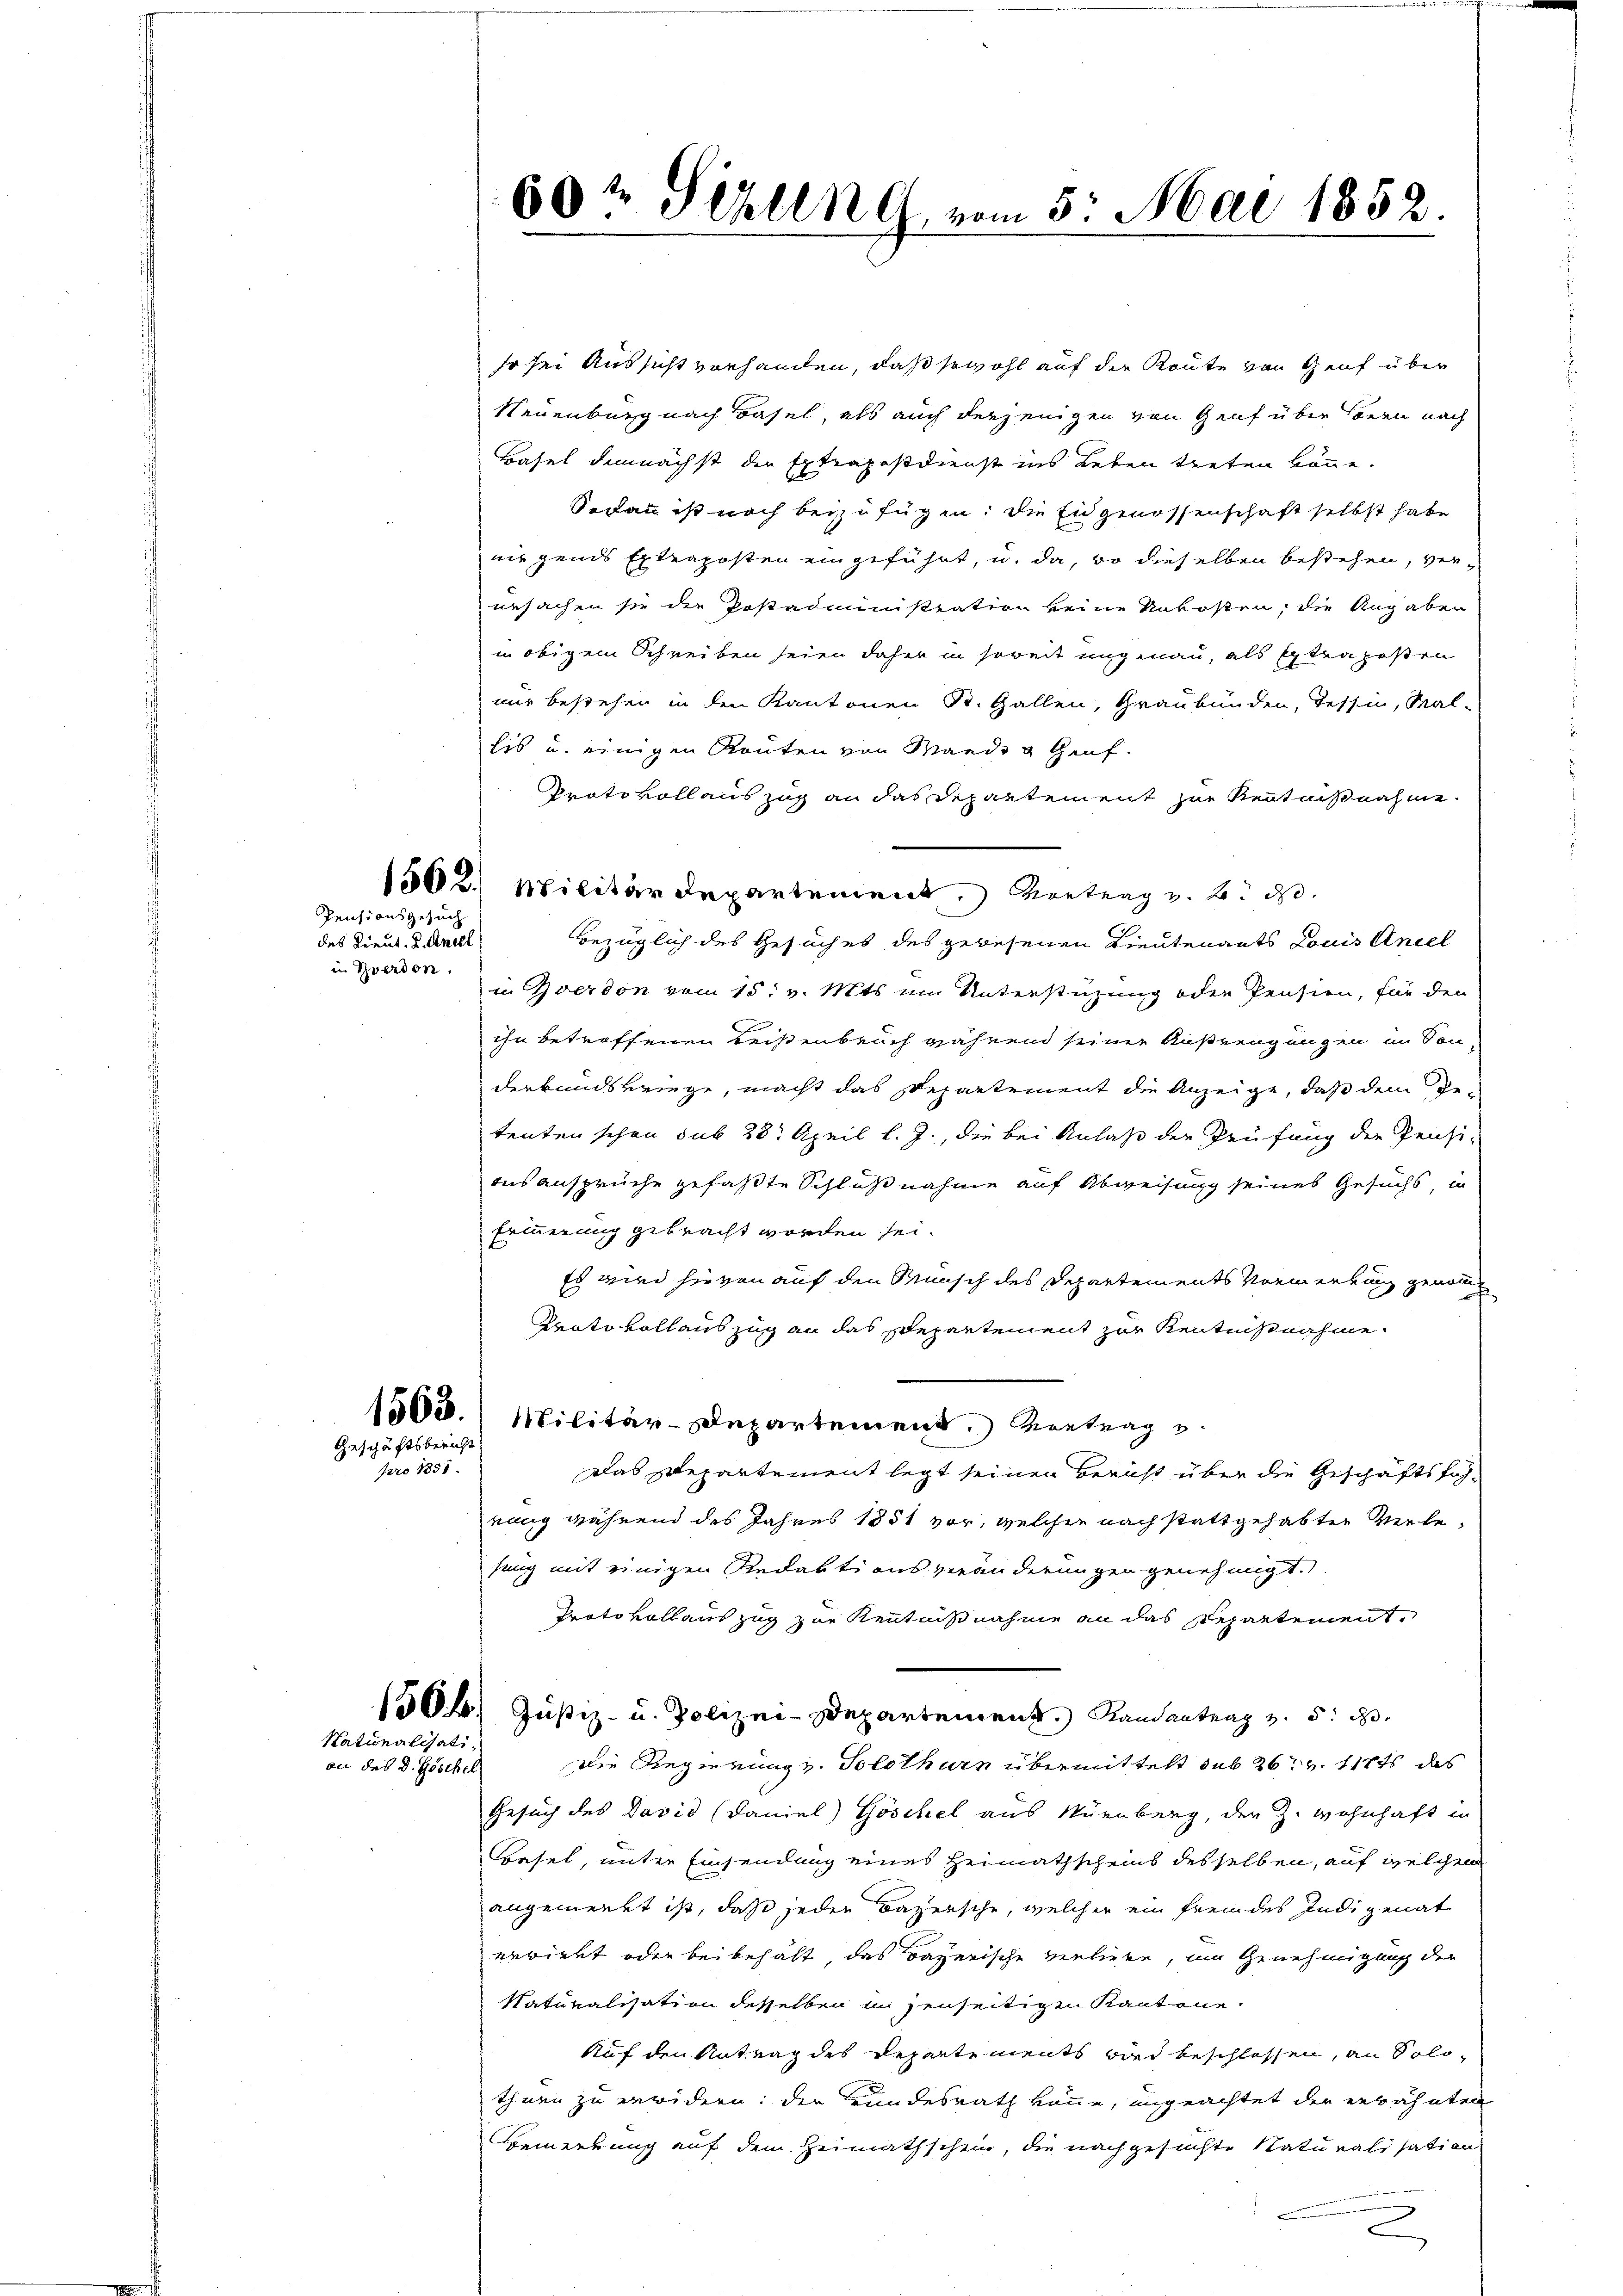
in Yverdon

Pensionsgesuch
des Lieut. I. Anill

so sei Aussicht vorhanden, daß sowohl auf der Route von Genf über
sheuenburg nach Basel als auch derjenigen von Genf über sonen nach
Basel demnächst der Extrapasdienst ins Leben treten könne.
Sodann ist noch beizufügen; die Eidgenossenschaft selbst habe
nirgends Extraposten eingeführt, u. da, wo dieselben bestehen, verursachen sie die Postadministration keine Unkosten, die Angaben
in obigem Schreiben seien daher in soweit ungenau, als Extra posten
nur bestehen in den Kantonen St. Gallen, Graubünden, Tessin, Mal-
lis und einigen Routen von Mande u Genf.
Protokollauszug an das Departement zur Kenntnißnahme.
1562. Militärdepartement. Vortrag v. B. d.
bezüglich des Gesuches des gewesenen Lieutenants Louis Andel
in verdon vom 15. v. Mts. im Unterstüzung oder Pensien, für den
n
ihn betroffenen Leistenbeich während seiner Ausreugungen in Son
derkundskriege, macht das Departement die Anzeige, daß dem Betenten schon sub 28. April l. J., die bei Anlaß der Prüfung der Pensi-
aus Ansprüche gefaßte Schlußnahme auf Abweisung seines Gesuchs, in
Erinnerung gebracht worden sei.
Es wird hievon auf den Wunsch des Departements Vormerkung genom
Protokollauszug an das Departement zur Kentnißnahme
1563. Militär-Departement. Vortrag u.
Das Departement legt seinen Bericht über die Geschäftsführung während des Jahres 1851 vor, welcher nach stattgehabten Verlesung mit einigen Redaktionsveränderungen genehmigt.
Protokollauszug zur Kenntnißnahme an das Repartement,
1504. Justiz- u. Polizei-Departement. Randantrag v. 5. d.
Die Regierungs- Solothurn übermittelt sub 26t v. 118 t das
Gesuch des David (Daniel) Göschel aus Nürnberg, der Z. Wohnhaft in
Basel, unter Einsendung eines Heimathscheins desselben, auf welchen
angemerkt ist, daß jeden Bazersche, welcher ein fremdes Indigenat
erwirkt oder beibehält, das Bayerische vertigen, um Genehmigung der
Naturalisation desselben in jenseitigen Kantone.
Auf den Antrag des Departements wird beschlossen, an Solothuen zu erwidern: der Grundesrath könne, ungeachtet der erwähnten
Bemerkung auf dem Heimathschein, die nachgesuchte Naturalisation
2

Geschäftsbericht

pro 1851.

Naturalisati,
on des d. Göschel

60t Fehlen G. vom 5. Mai 1852.